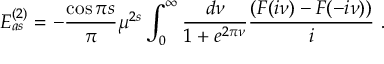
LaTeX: E _ { a s } ^ { ( 2 ) } = - { \frac { \cos { \pi s } } { \pi } } \mu ^ { 2 s } \int _ { 0 } ^ { \infty } \frac { d \nu } { 1 + e ^ { 2 \pi \nu } } \frac { ( F ( i \nu ) - F ( - i \nu ) ) } { i } \ .